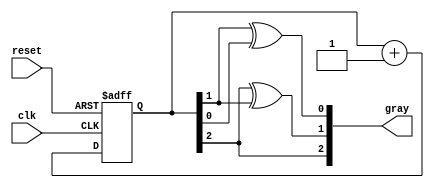
module gray_code_counter (
    input wire clk,          // Clock input
    input wire reset,        // Asynchronous reset
    output reg [2:0] gray    // 3-bit Gray code output
);

// Internal binary representation of the counter
reg [2:0] binary;

// Combinational logic to convert binary to Gray code
function [2:0] binary_to_gray;
    input [2:0] bin;
    begin
        binary_to_gray = {bin[2], bin[2] ^ bin[1], bin[1] ^ bin[0]};
    end
endfunction

// Asynchronous reset and counter logic
always @(posedge clk or posedge reset) begin
    if (reset) begin
        binary <= 3'b000; // Reset binary counter to 0
    end else begin
        binary <= binary + 1; // Increment binary counter
    end
end

// Update Gray code output based on binary counter
always @(binary) begin
    gray <= binary_to_gray(binary); // Convert binary to Gray code
end

endmodule